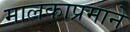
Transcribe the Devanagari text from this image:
मालकाप्रमाने